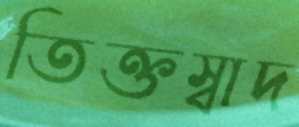
তিক্তস্বাদ